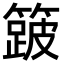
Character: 𮆎